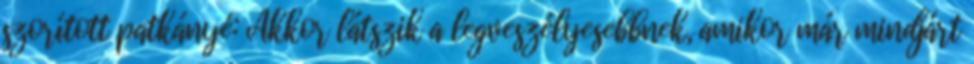
szorított patkányé: Akkor látszik a legveszélyesebbnek, amikor már mindjárt